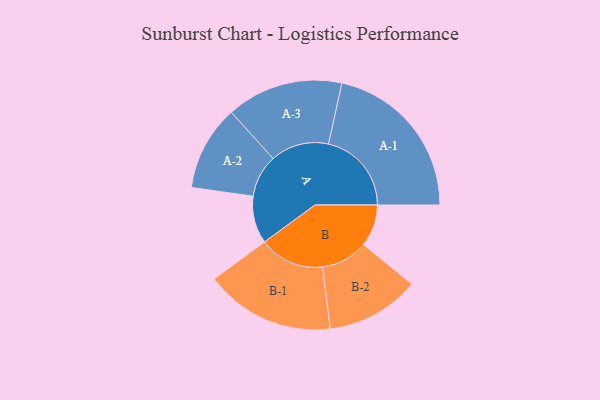
{"axis": {"x": "Segment", "y": "Value"}, "legend": ["", "A", "B"], "data": [{"x": "A", "y": 148, "type": ""}, {"x": "B", "y": 131, "type": ""}, {"x": "A-1", "y": 259, "type": "A"}, {"x": "A-2", "y": 133, "type": "A"}, {"x": "A-3", "y": 182, "type": "A"}, {"x": "B-1", "y": 203, "type": "B"}, {"x": "B-2", "y": 146, "type": "B"}]}